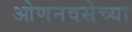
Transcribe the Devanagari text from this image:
ओणनवसेच्या